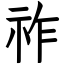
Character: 祚